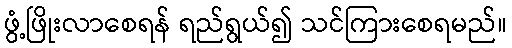
ဖွံ့ဖြိုးလာစေရန် ရည်ရွယ်၍ သင်ကြားစေရမည်။